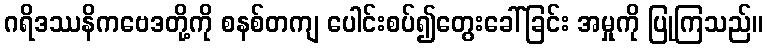
ဂရိဒဿနိကဗေဒတို့ကို စနစ်တကျ ပေါင်းစပ်၍တွေးခေါ်ခြင်း အမှုကို ပြုကြသည်။